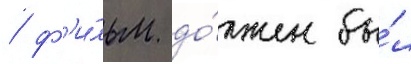
/ ф'и́льм до́лжен бы́л